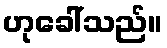
ဟုခေါ်သည်။